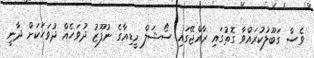
ވެސް ގަބޫލުކުރައްވާ ގޮތުގައި ރާއްޖޭގައި ސޯޝަލް މީޑިއާގެ ނުފޫޒު ދުވަހެއް ދުވަހަކަށް ދާނީ